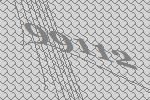
99112